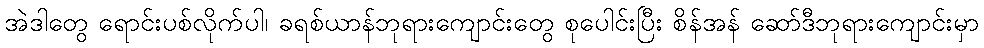
အဲဒါတွေ ရောင်းပစ်လိုက်ပါ၊ ခရစ်ယာန်ဘုရားကျောင်းတွေ စုပေါင်းပြီး စိန်အန် ဆော်ဒီဘုရားကျောင်းမှာ